Lunatic asylums Madras 1892-1911 - 1892-1911
Year: 1892
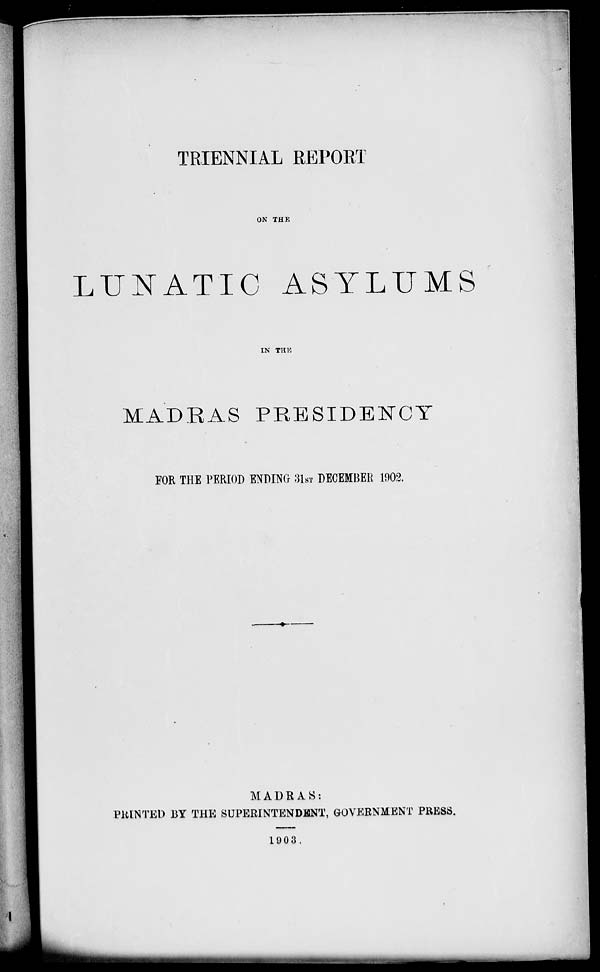
TRIENNIAL REPORT
ON THE
LUNATIC ASYLUMS
IN THK
MADEAS PRESIDENCY
FOR THE PERIOD ENDING 31ST DECEMBER 1902.
MADRAS:
PIUNTED BY THE SUPERINTENDENT, GOVERNMENT PRESS.
19 0 3